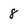
Character: 8